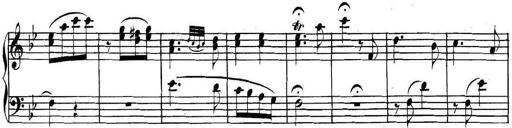
Title: Collected Piano Sonatas
Composer: Muzio Clementi